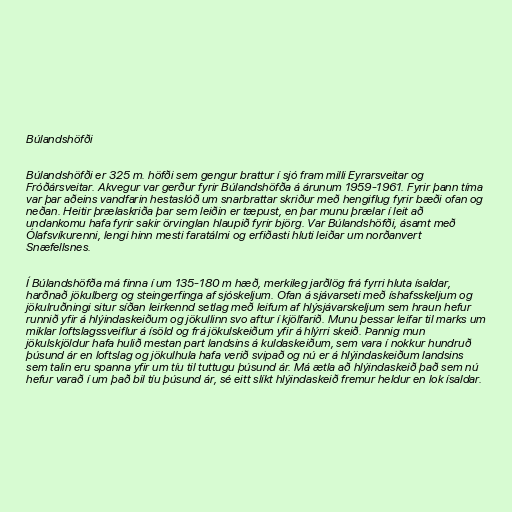
Búlandshöfði

Búlandshöfði er 325 m. höfði sem gengur brattur í sjó fram milli Eyrarsveitar og
Fróðársveitar. Akvegur var gerður fyrir Búlandshöfða á árunum 1959-1961. Fyrir þann tíma
var þar aðeins vandfarin hestaslóð um snarbrattar skriður með hengiflug fyrir bæði ofan og
neðan. Heitir þrælaskriða þar sem leiðin er tæpust, en þar munu þrælar í leit að
undankomu hafa fyrir sakir örvinglan hlaupið fyrir björg. Var Búlandshöfði, ásamt með
Ólafsvíkurenni, lengi hinn mesti faratálmi og erfiðasti hluti leiðar um norðanvert
Snæfellsnes.

Í Búlandshöfða má finna í um 135-180 m hæð, merkileg jarðlög frá fyrri hluta ísaldar,
harðnað jökulberg og steingerfinga af sjóskeljum. Ofan á sjávarseti með íshafsskeljum og
jökulruðningi situr síðan leirkennd setlag með leifum af hlýsjávarskeljum sem hraun hefur
runnið yfir á hlýindaskeiðum og jökullinn svo aftur í kjölfarið. Munu þessar leifar til marks um
miklar loftslagssveiflur á ísöld og frá jökulskeiðum yfir á hlýrri skeið. Þannig mun
jökulskjöldur hafa hulið mestan part landsins á kuldaskeiðum, sem vara í nokkur hundruð
þúsund ár en loftslag og jökulhula hafa verið svipað og nú er á hlýindaskeiðum landsins
sem talin eru spanna yfir um tíu til tuttugu þúsund ár. Má ætla að hlýindaskeið það sem nú
hefur varað í um það bil tíu þúsund ár, sé eitt slíkt hlýindaskeið fremur heldur en lok ísaldar.